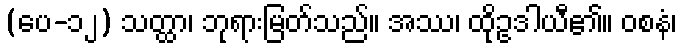
(ပေ-၁၂) သတ္ထာ၊ ဘုရားမြတ်သည်။ အဿ၊ ထိုဥဒါယီ၏။ ဝစနံ၊